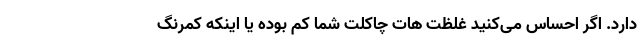
دارد. اگر احساس می‌کنید غلظت هات چاکلت شما کم بوده یا اینکه کمرنگ